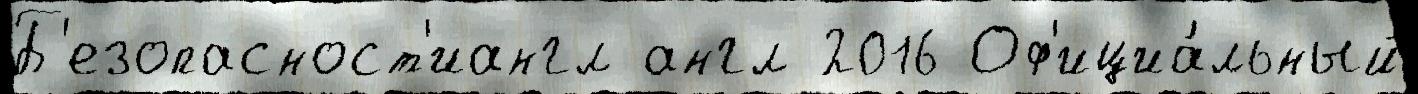
Б'езопасност'иангл англ 2016 Оф'ициа́льный